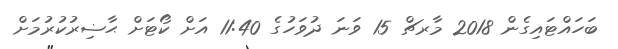
ބަހައްޓައިގެން 2018 މާރޗް 15 ވަނަ ދުވަހުގެ 11:40 އަށް ކޯޓަށް ޙާޟިރުކުރުމަށް